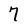
Character: 7